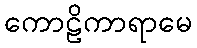
ကောဠိကာရာမေ